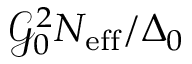
\mathcal { G } _ { 0 } ^ { 2 } N _ { \mathrm { e f f } } / \Delta _ { 0 }